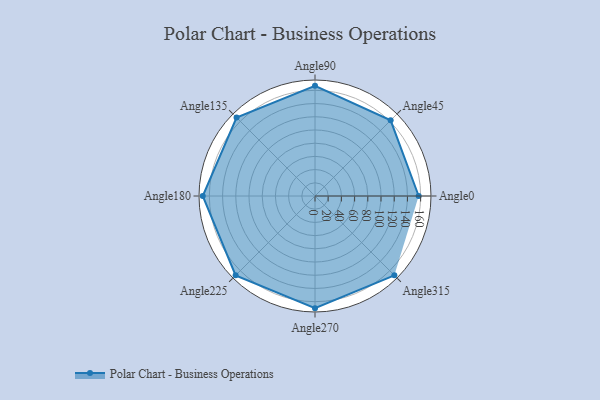
{"axis": {"x": "Angle", "y": "Radius"}, "legend": [""], "data": [{"x": "Angle0", "y": 157.0, "type": ""}, {"x": "Angle45", "y": 162.0, "type": ""}, {"x": "Angle90", "y": 167.0, "type": ""}, {"x": "Angle135", "y": 168.0, "type": ""}, {"x": "Angle180", "y": 170.0, "type": ""}, {"x": "Angle225", "y": 170, "type": ""}, {"x": "Angle270", "y": 170, "type": ""}, {"x": "Angle315", "y": 170, "type": ""}]}